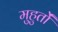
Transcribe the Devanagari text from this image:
मुहुर्तों